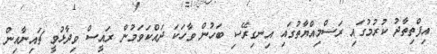
އިފްތިތާދު ކުރުމުގައި ރަސްމިއްޔާތުގައި އިނގިރޭސި ބަހުން ވާހަކަ ދައްކަވަމުން ރައީސް ވިދާޅުވީ ޗައިނާއިން